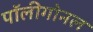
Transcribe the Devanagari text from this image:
पॉलीगोनल